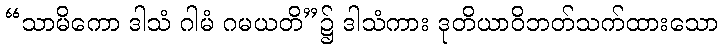
“သာမိကော ဒါသံ ဂါမံ ဂမယတိ”၌ ဒါသံကား ဒုတိယာဝိဘတ်သက်ထားသော